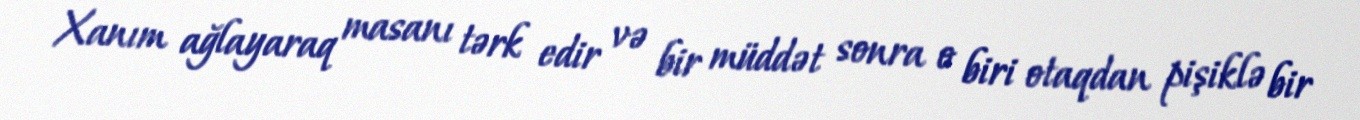
Xanım ağlayaraq masanı tərk edir və bir müddət sonra o biri otaqdan pişiklə bir